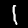
Label: 1